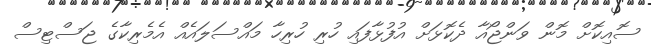
ސޮއިކޮށް މޮން ވަންޖޯއާ ދެކޮޅަށް އުފުޅާފައި ހުރި ހުރިހާ މައްސަލައެއް އެމެރިކާގެ ޖަސްޓިސް